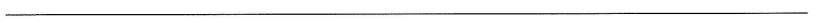
___